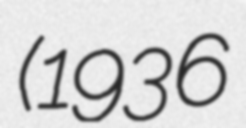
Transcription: (1936